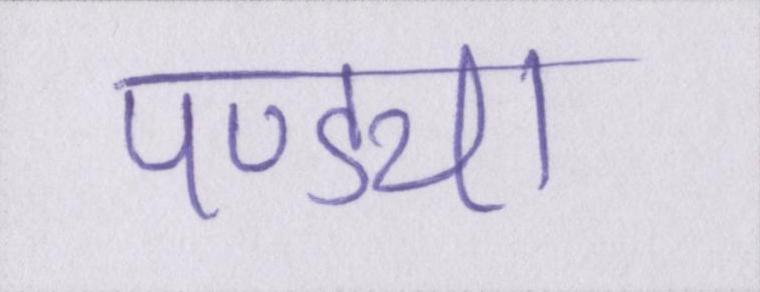
पण्ड्या